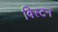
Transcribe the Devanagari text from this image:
विस्टन